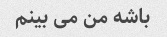
باشه من می بینم